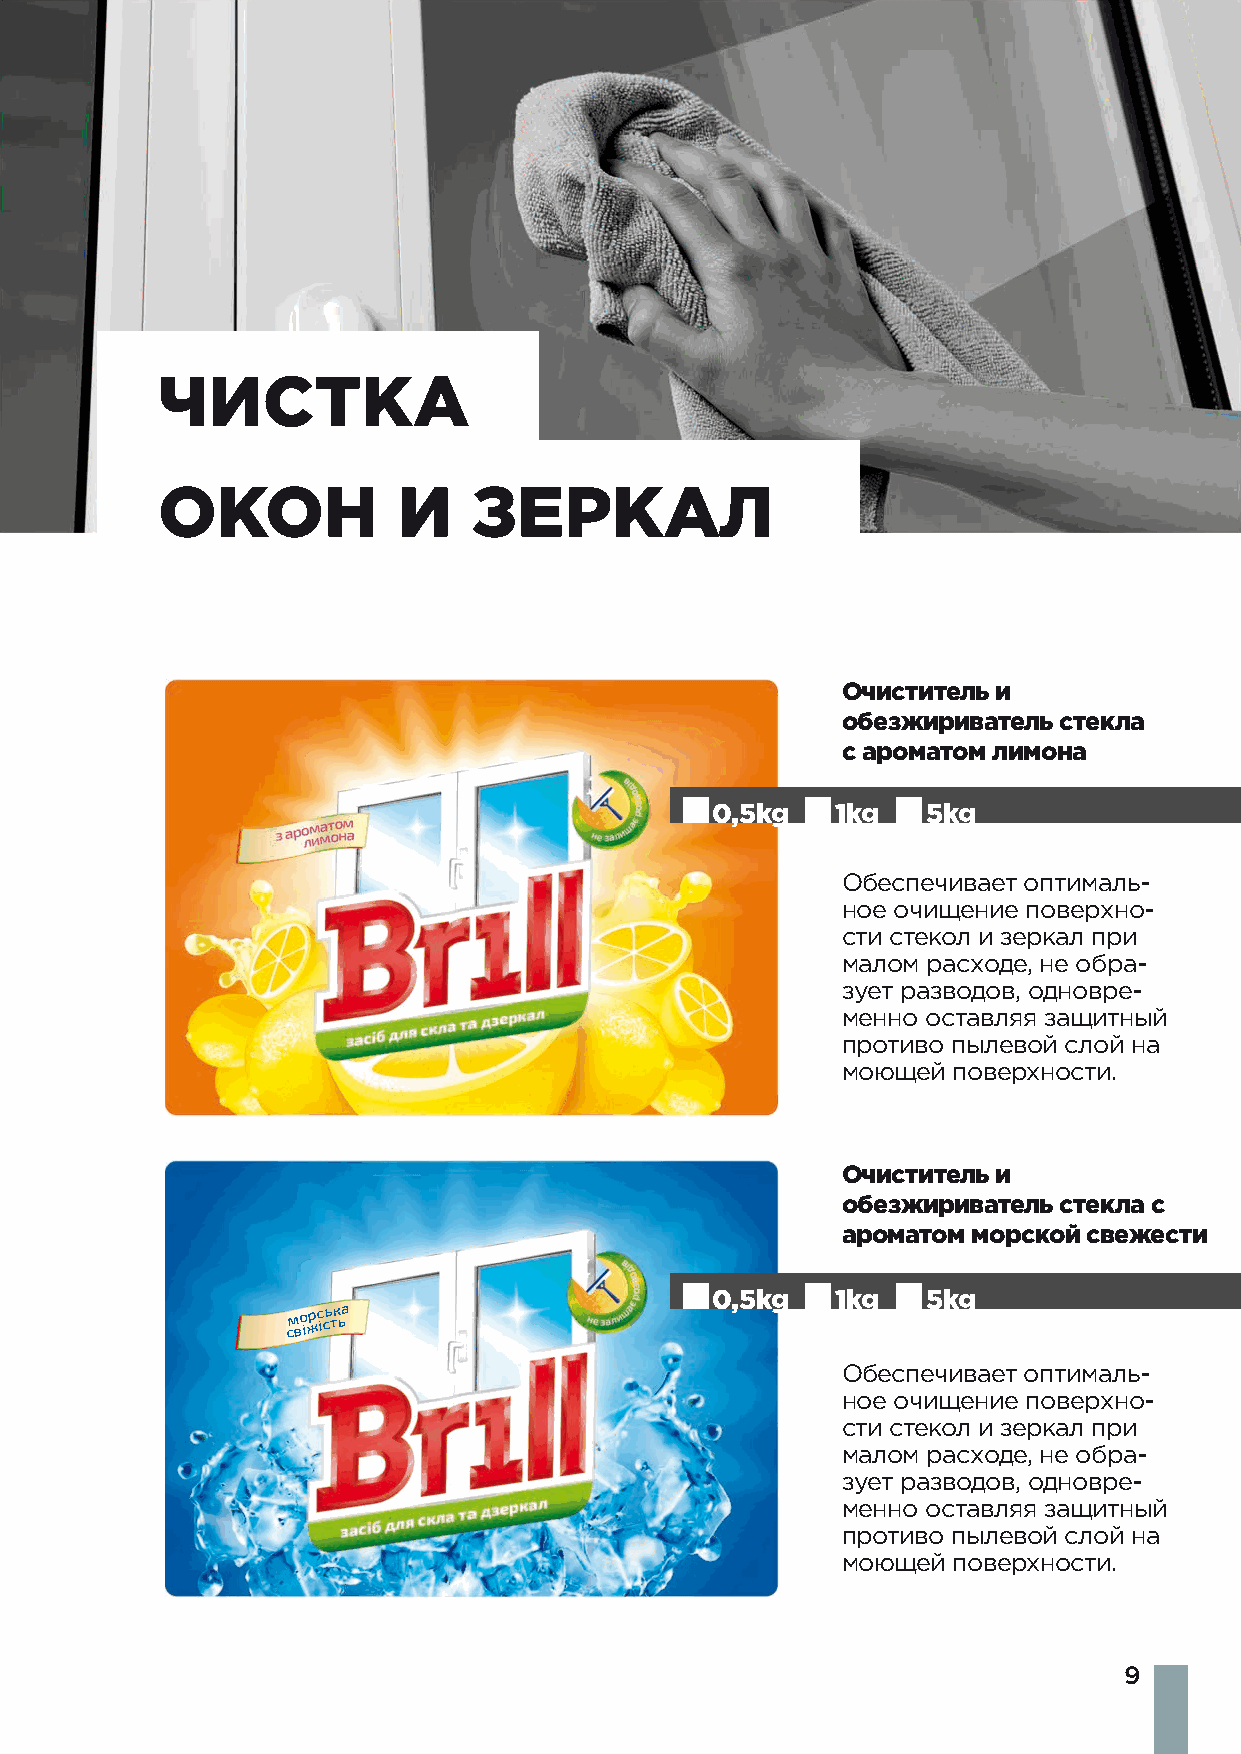
ЧИСТКА
 ОКОН            И    ЗЕРКАЛ
 Очиститель и
 обезжириватель стекла
 с ароматом лимона
 0,5kg   1kg   5kg
 Обеспечивает оптималь-
 ное очищение поверхно-
 сти стекол и зеркал при
 малом расходе, не обра-
 зует разводов, одновре-
 менно оставляя защитный
 противо пылевой слой на
 моющей поверхности.
 Очиститель и
 обезжириватель стекла с
 ароматом морской свежести
 0,5kg   1kg   5kg
 см во іжрс ісь тк ьа
 Обеспечивает оптималь-
 ное очищение поверхно-
 сти стекол и зеркал при
 малом расходе, не обра-
 зует разводов, одновре-
 менно оставляя защитный
 противо пылевой слой на
 моющей поверхности.
 9